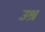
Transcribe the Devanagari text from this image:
उश्र